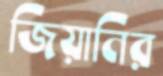
জিয়ানির